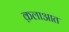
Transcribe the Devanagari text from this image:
क़लाआत